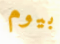
بيوم